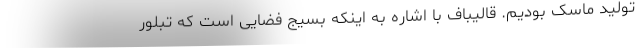
تولید ماسک بودیم. قالیباف با اشاره به اینکه بسیج فضایی است که تبلور